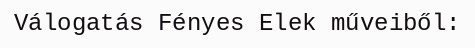
Válogatás Fényes Elek műveiből: